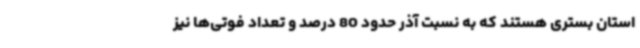
استان بستری هستند که به نسبت آذر حدود 80 درصد و تعداد فوتی‌ها نیز